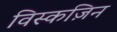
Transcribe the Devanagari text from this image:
विस्कज़िन